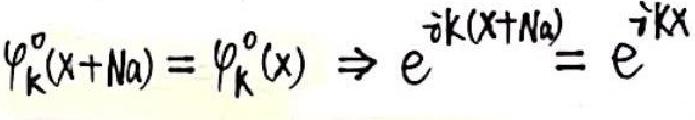
\(\varphi_{k}^{0}(x + Na)=\varphi_{k}^{0}(x)\Rightarrow e^{ - i k(x + Na)}=e^{ - i kx}\)